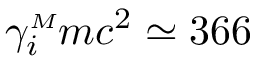
\gamma _ { i } ^ { { \scriptscriptstyle M } } m c ^ { 2 } \simeq 3 6 6